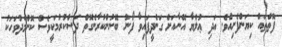
ފޮތްތައް ކިޔަންފެށިއެވެ. އަދި ޢުލްޔާ އޭނާއަށް ގަނެދީފައިވާ ފޯނު ބޭނުންކުރާނެގޮތް ދަސްކުރުމަކީވެސް ކޮންމެދުވަހަކު